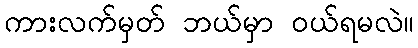
ကားလက်မှတ် ဘယ်မှာ ဝယ်ရမလဲ။